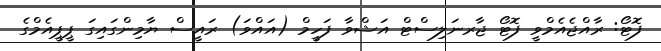
ފޮޓޯ: ރާއްޖެއެމްވީ ފޮޓޯ ޖާރނަލިސްޓް އަޝްވާ ފަހީމް (އައްވަ) ރައީސް ޔާމިންގައިގަ ޕީޕީއެމްގެ